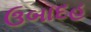
ઉબાદહ